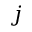
j